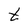
Character: t